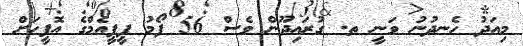
މިއަދު ހެނދުނު ވަނީ ތ. ގުރައިދޫން ވެސް 56 ފޯމު ޕީޕީއެމްގެ އޮފީހަށް